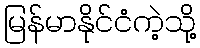
မြန်မာနိုင်ငံကဲ့သို့